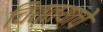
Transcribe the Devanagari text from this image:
चित्त्यांचे